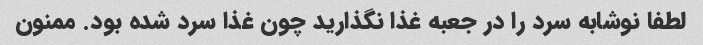
لطفا نوشابه سرد را در جعبه غذا نگذارید چون غذا سرد شده بود. ممنون